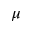
\mu